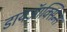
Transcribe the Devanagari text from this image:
डायऑक्सिन्स